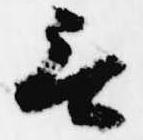
無